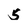
Character: 5